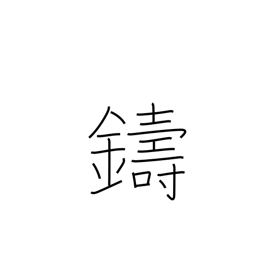
Meaning: cast